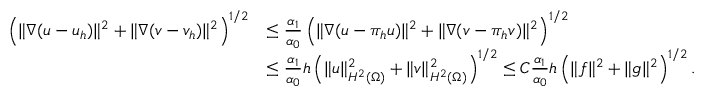
\begin{array} { r l } { \left( \| \nabla ( u - u _ { h } ) \| ^ { 2 } + \| \nabla ( v - v _ { h } ) \| ^ { 2 } \right) ^ { 1 / 2 } } & { \le \frac { \alpha _ { 1 } } { \alpha _ { 0 } } \left( \| \nabla ( u - \pi _ { h } u ) \| ^ { 2 } + \| \nabla ( v - \pi _ { h } v ) \| ^ { 2 } \right) ^ { 1 / 2 } } \\ & { \le \frac { \alpha _ { 1 } } { \alpha _ { 0 } } h \left( \| u \| _ { H ^ { 2 } ( \Omega ) } ^ { 2 } + \| v \| _ { H ^ { 2 } ( \Omega ) } ^ { 2 } \right) ^ { 1 / 2 } \le C \frac { \alpha _ { 1 } } { \alpha _ { 0 } } h \left( \| f \| ^ { 2 } + \| g \| ^ { 2 } \right) ^ { 1 / 2 } . } \end{array}